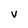
Character: V